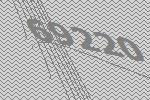
69220